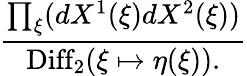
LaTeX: {\frac{\prod_{\xi}(dX^{1}(\xi)dX^{2}(\xi))}{\mathrm{Diff}_{2}(\xi\mapsto\eta(\xi)).}}